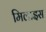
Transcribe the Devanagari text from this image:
मिलाइस